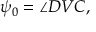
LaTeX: \psi _ { 0 } = \angle D V C ,